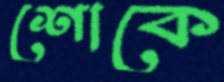
শোকে